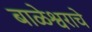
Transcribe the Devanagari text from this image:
बाळेश्वराचे